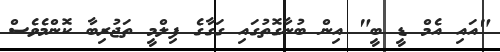
"އައި އެމް ޑީ ބީ" އިން ބުނާގޮތުގައި ގަގާގެ ފިލްމީ ތަޖުރިބާ ކޮންމެވެސް